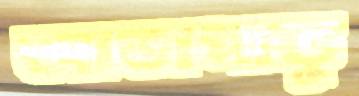
আতাপাত্তু